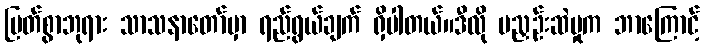
မြတ်စွာဘုရား သာသနာတော်မှာ ရည်ရွယ်ချက် ရှိပါတယ်။ဒီလို မညှဉ်းဆဲမှုက ဘာကြောင့်